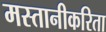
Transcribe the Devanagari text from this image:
मस्तानीकरिता